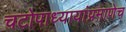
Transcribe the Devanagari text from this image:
चटोपाध्यायांप्रमाणेच